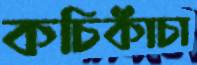
কচিকাঁচা